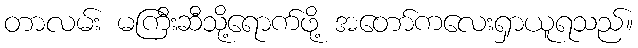
တာလမ်း မကြီးဆီသို့ရောက်ဖို့ အတော်ကလေးရှာယူရသည်။